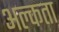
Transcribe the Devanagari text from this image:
अल्कता